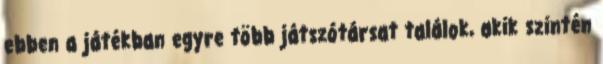
ebben a játékban egyre több játszótársat találok, akik szintén